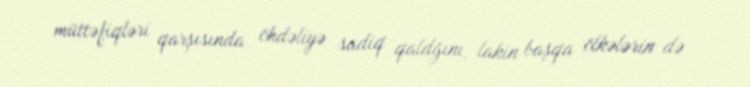
müttəfiqləri qarşısında öhdəliyə sadiq qaldğını, lakin başqa ölkələrin də